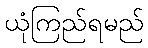
ယုံကြည်ရမည်